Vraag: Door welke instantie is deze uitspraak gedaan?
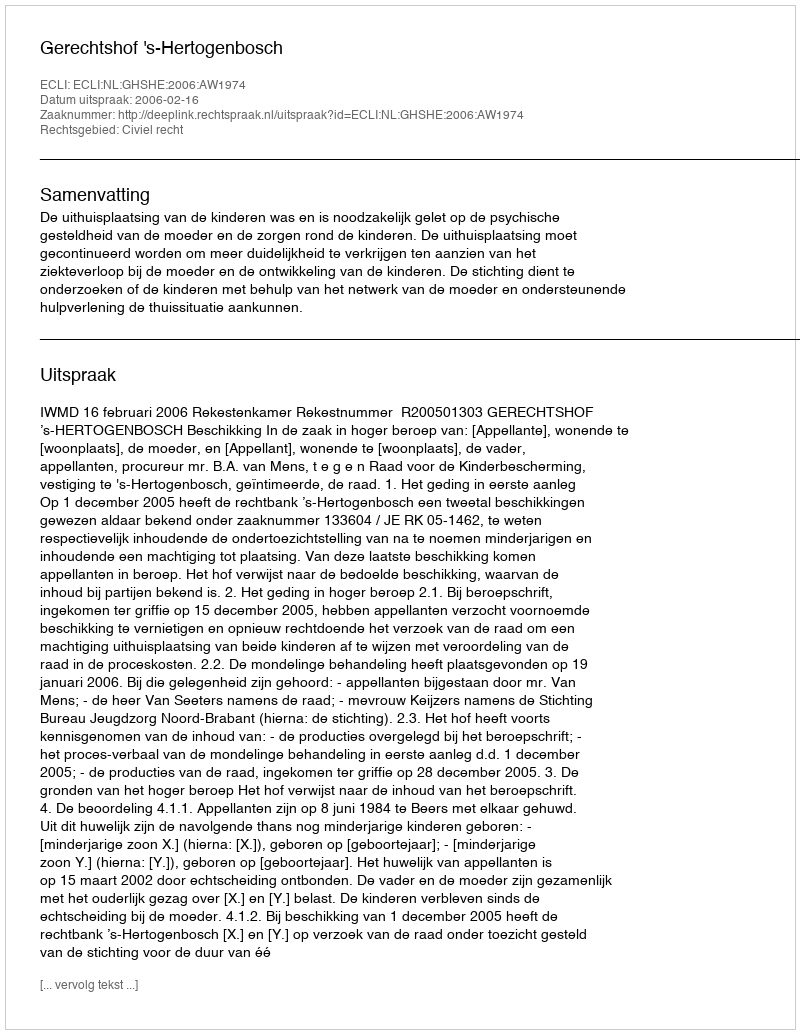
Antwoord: Gerechtshof 's-Hertogenbosch